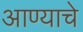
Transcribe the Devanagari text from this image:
आण्याचे